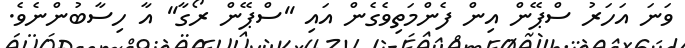
ވަނަ އަހަރު ސްޕޭން އިން ފެންމަތިވެގެން އައި ''ސްޕޭން ރޯގާ'' އާ ހިސާބުންނެވެ.